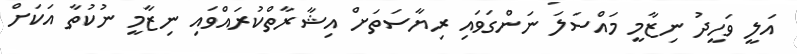
އަލީ ވަހީދު ނިޒާމީ މައްސަލަ ނަންގަވައި ރިޔާސަތަށް އިޝާރާތްކުރައްވައި ނިޒާމީ ނުކުތާ އަކަށް